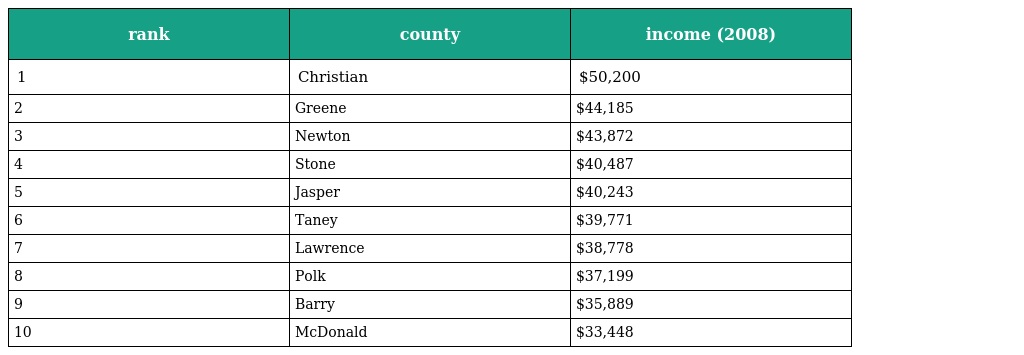
| rank | county | income (2008) |
 | --- | --- | --- |
 | 1 | Christian | $50,200 |
 | 2 | Greene | $44,185 |
 | 3 | Newton | $43,872 |
 | 4 | Stone | $40,487 |
 | 5 | Jasper | $40,243 |
 | 6 | Taney | $39,771 |
 | 7 | Lawrence | $38,778 |
 | 8 | Polk | $37,199 |
 | 9 | Barry | $35,889 |
 | 10 | McDonald | $33,448 |